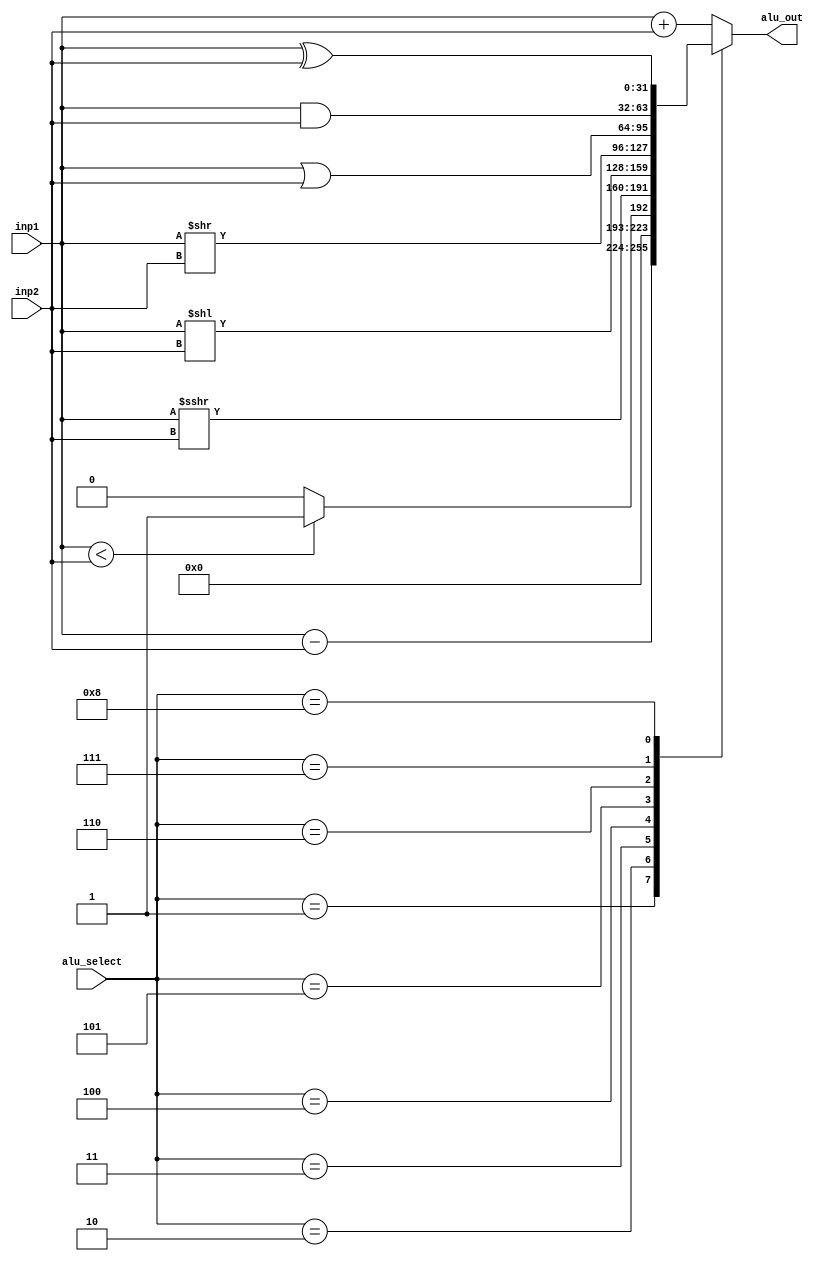
module ALU(
input [31:0] inp1, //can be Reg[rs1]
input [31:0] inp2, //can be Reg[rs2] or imm
input [3:0] alu_select, //selecting operation type
output reg [31:0] alu_out
);

always @(*)
begin
  case(alu_select)
  4'b0000: alu_out = inp1 + inp2; //add
  4'b0001: alu_out = inp1 - inp2; //sub
  4'b0010:  begin 
             if(inp1 < inp2) //slt
              alu_out = 1;
             else
              alu_out = 0;
            end
  4'b0011: alu_out = inp1 >>> inp2; //SRA
  4'b0100: alu_out = inp1 << inp2; //SLL
  4'b0101: alu_out = inp1 >> inp2; //SRL
  4'b0110: alu_out = inp1 | inp2; //or
  4'b0111: alu_out = inp1 & inp2; //and
  4'b1000: alu_out = inp1 ^ inp2; //xor
default: alu_out = inp1 + inp2; 
  endcase
end

endmodule


module tb_alu;

reg [31:0] inp1;
reg [31:0] inp2;
reg [3:0] alu_select;
wire [31:0] alu_out;

ALU ALU_inst(
.inp1(inp1),
.inp2(inp2),
.alu_select(alu_select),
.alu_out(alu_out)
);

initial
begin

inp1 = 12;
inp2 = 15;
alu_select = 0;

#1
alu_select = 4'b0001;
#1
alu_select = 4'b0110;
#1
alu_select = 4'b0111;
#1
alu_select = 4'b0010;
#1
alu_select = 4'b0100;

$stop;

end
endmodule